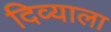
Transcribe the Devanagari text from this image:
दिव्याला